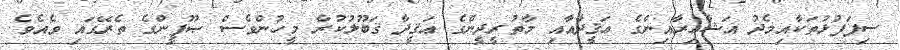
ސިފަފުޅުތަކާއިމެދު އަޝާޢިރާއިންގެ ޢަޤީދާއާއި މާތުރީދީންގެ ޢަޤީދާ ޤަބޫލުކުރާ މީހުންވެސް ޞޫފީންގެ ތެރޭގައި ވެއެވެ.